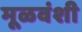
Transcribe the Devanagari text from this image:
मूळवंशी